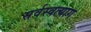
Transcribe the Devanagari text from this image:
सर्वस्वत्याग